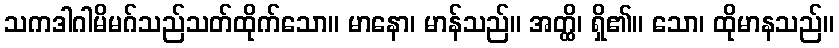
သကဒါဂါမိမဂ်သည်သတ်ထိုက်သော။ မာနော၊ မာန်သည်။ အတ္ထိ၊ ရှိ၏။ သော၊ ထိုမာနသည်။